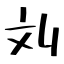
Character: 刘